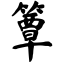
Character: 簟